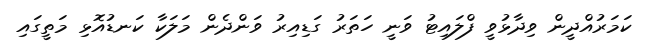
ކަމަރުއްދީން ވިދާޅުވީ ފްލައިޓު ވަނީ ހަތަރު ގަޑިއިރު ވަންދެން މަލަކާ ކަނޑުއޮޅި މަތީގައި